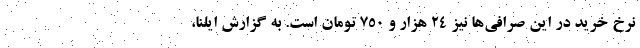
نرخ خرید در این صرافی‌ها نیز ۲۴ هزار و ۷۵۰ تومان است. به گزارش ایلنا،